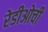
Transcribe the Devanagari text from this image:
रेडीओची